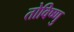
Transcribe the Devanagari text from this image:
तोविष्णु